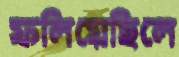
ফলিয়েছিলে